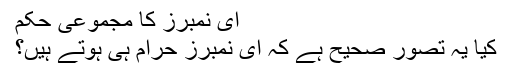
ای نمبرز کا مجموعی حکم
کیا یہ تصور صحیح ہے کہ ای نمبرز حرام ہی ہوتے ہیں؟